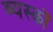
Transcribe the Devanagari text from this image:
व्‍यस्‍कों